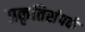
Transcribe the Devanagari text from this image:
प्रकृतिसंपर्क